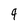
Character: 9